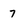
Character: 7